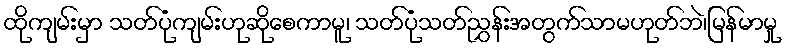
ထိုကျမ်းမှာ သတ်ပုံကျမ်းဟုဆိုစေကာမူ၊ သတ်ပုံသတ်ညွှန်းအတွက်သာမဟုတ်ဘဲ၊မြန်မာမှု